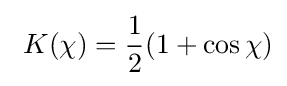
~K(\chi )={\frac {1}{2}}(1+\cos \chi )